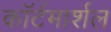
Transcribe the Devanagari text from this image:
काॅर्टमार्शल